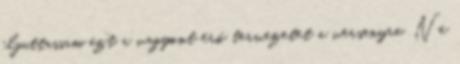
eljuttassam ezt a vagyont érő tervezetet a versenyre. Ne